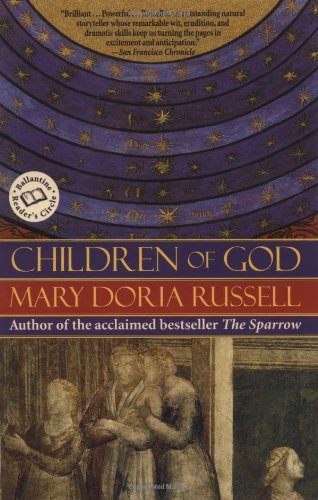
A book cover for Children of God (Ballantine Reader's Circle); Mary Doria Russell; Christian Books & Bibles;